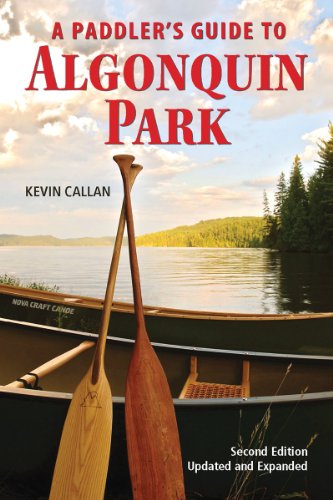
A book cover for A Paddler's Guide to Algonquin Park; Kevin Callan; Travel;